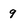
Character: 9